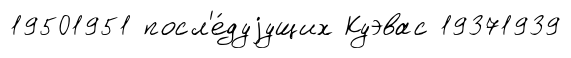
19501951 посл'е́дуjущих Куэвас 19371939